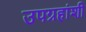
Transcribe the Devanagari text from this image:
उपग्रहांशी